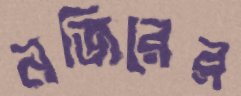
নজিরের